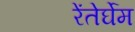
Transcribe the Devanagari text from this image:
रेंतेर्घेम